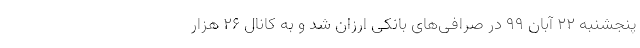
پنجشنبه ۲۲ آبان ۹۹ در صرافی‌های بانکی ارزان شد و به کانال ۲۶ هزار